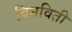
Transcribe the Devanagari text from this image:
विनविती